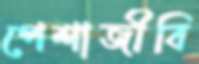
পেশাজীবি